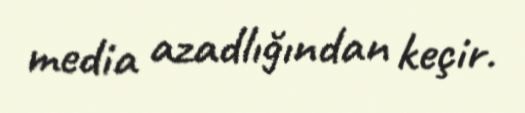
media azadlığından keçir.